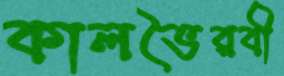
কালভৈরবী